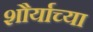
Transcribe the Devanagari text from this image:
शौर्याच्या